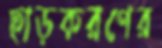
ছাড়করণের